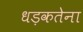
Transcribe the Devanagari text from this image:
धड़कतेना